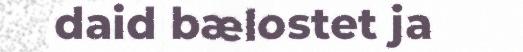
daid bælostet ja